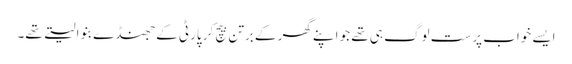
ایسے خواب پرست لوگ ہی تھے جو اپنے گھر کے برتن بیچ کر پارٹی کے جھنڈے بنوا لیتے تھے۔